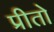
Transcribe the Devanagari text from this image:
प्रीतो